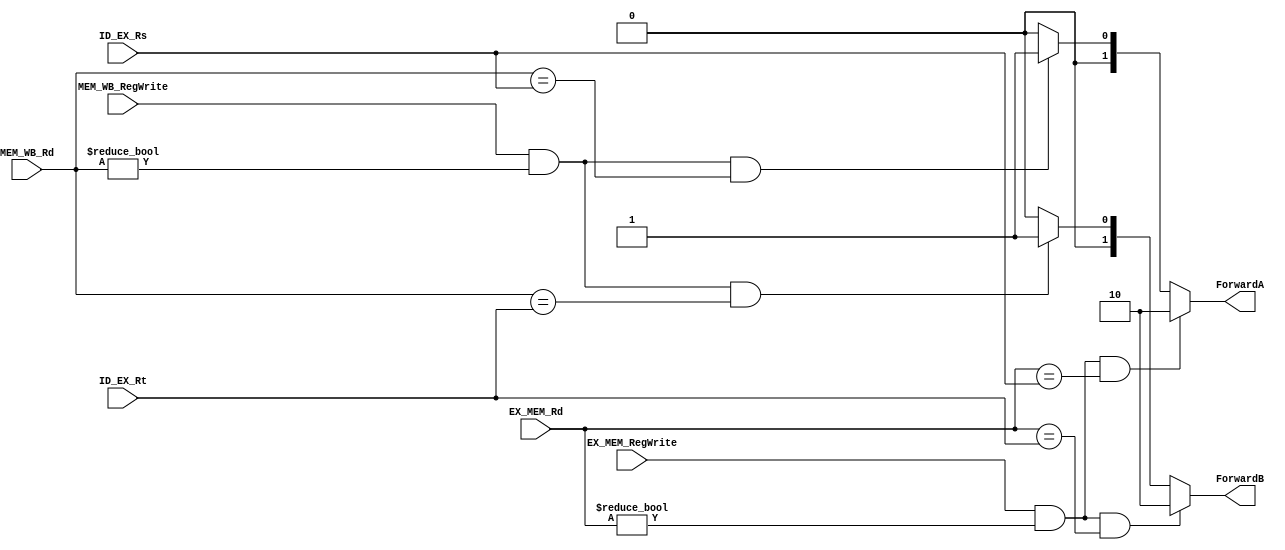
module forwardingUnit_r0 #(
	parameter BIT_WIDTH = 5
)(
	input [BIT_WIDTH - 1:0] ID_EX_Rs,
	input [BIT_WIDTH - 1:0] ID_EX_Rt,
	input [BIT_WIDTH - 1:0] EX_MEM_Rd,
	input [BIT_WIDTH - 1:0] MEM_WB_Rd,
	input EX_MEM_RegWrite,
	input MEM_WB_RegWrite,
	output [1:0] ForwardA,
	output [1:0] ForwardB
);

/**********
 * Internal Signals
 **********/
 reg [1:0] ForwardA_tmp;
 reg [1:0] ForwardB_tmp;
	 
/**********
 * Glue Logic 
 **********/
/**********
 * Synchronous Logic
 **********/
/**********
 * Glue Logic 
 **********/
/**********
 * Components
 **********/
/**********
 * Output Combinatorial Logic
 **********/
	always @(ID_EX_Rs, ID_EX_Rt, EX_MEM_Rd, MEM_WB_Rd, EX_MEM_RegWrite, MEM_WB_RegWrite) begin
		ForwardA_tmp = 2'b00;
		ForwardB_tmp = 2'b00;
	
		if((EX_MEM_RegWrite == 1'b1) && (EX_MEM_Rd != 5'b00000) && (EX_MEM_Rd == ID_EX_Rs)) begin
			ForwardA_tmp = 2'b10;
		end else if((MEM_WB_RegWrite == 1'b1) && (MEM_WB_Rd != 5'b00000) && (MEM_WB_Rd == ID_EX_Rs)) begin
			ForwardA_tmp = 2'b01;
		end
		
		if((EX_MEM_RegWrite == 1'b1) && (EX_MEM_Rd != 5'b00000) && (EX_MEM_Rd == ID_EX_Rt)) begin
			ForwardB_tmp = 2'b10;
		end else if((MEM_WB_RegWrite == 1'b1) && (MEM_WB_Rd != 5'b00000) && (MEM_WB_Rd == ID_EX_Rt)) begin
			ForwardB_tmp = 2'b01;
		end
	end

	assign ForwardA = ForwardA_tmp;
	assign ForwardB = ForwardB_tmp;
endmodule